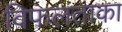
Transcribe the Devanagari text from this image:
विफलताका